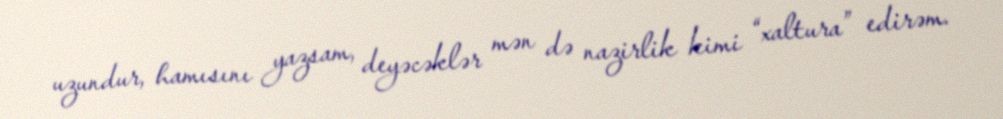
uzundur, hamısını yazsam, deyəcəklər mən də nazirlik kimi “xaltura” edirəm.